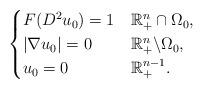
LaTeX: \begin{align*} \begin{cases}F(D^{2}u_0)=1 & \mathbb{R}_+^n\cap\Omega_0,\\|\nabla u_0|=0 & \mathbb{R}_+^n\backslash\Omega_0,\\u_0=0 & \mathbb{R}_+^{n-1}.\end{cases}\end{align*}